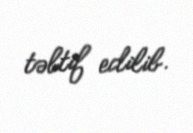
təltif edilib.